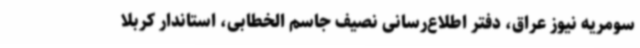
سومریه نیوز عراق، دفتر اطلاع‌رسانی نصیف جاسم الخطابی، استاندار کربلا